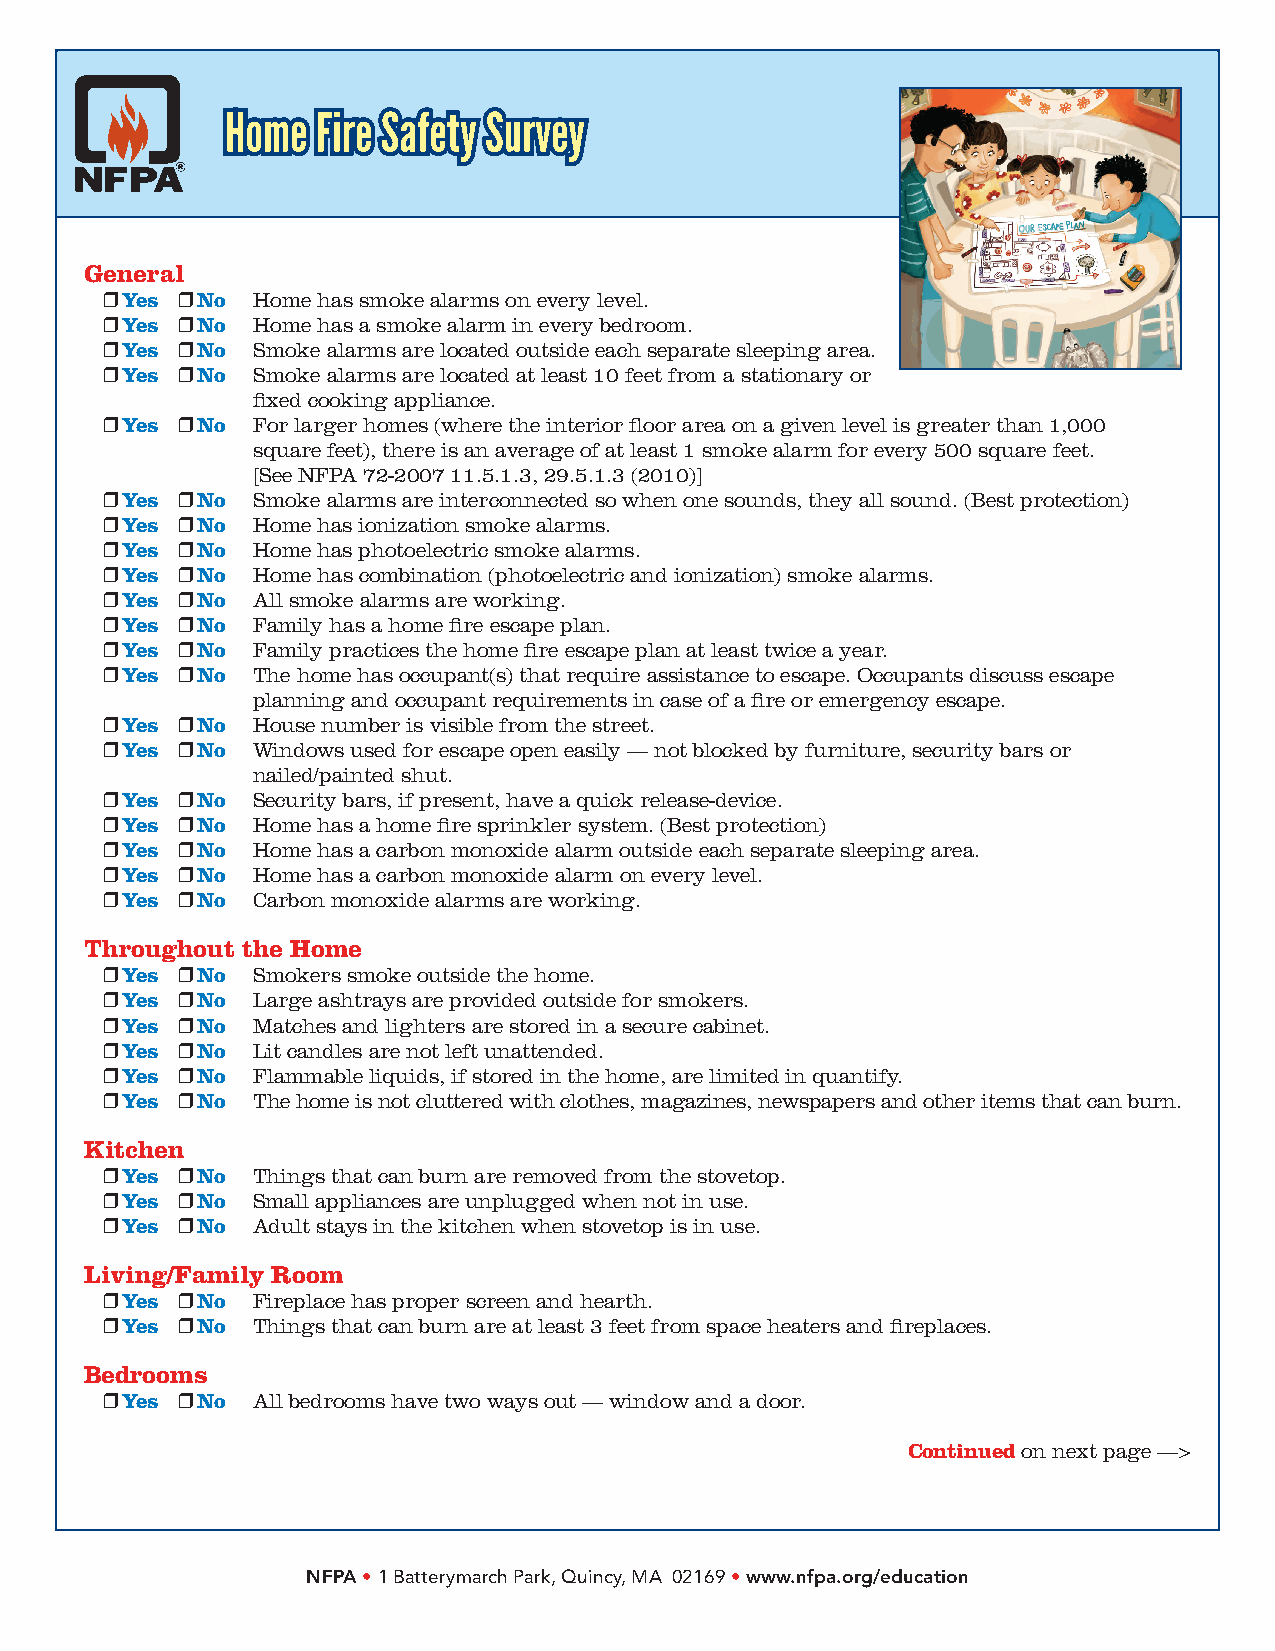
HHoommee FFiirree SSaaffeettyy SSuurrvveeyy
 General
 r Yes r No Home has smoke alarms on every level.
 r Yes r No Home has a smoke alarm in every bedroom.
 r Yes r No Smoke alarms are located outside each separate sleeping area.
 r Yes r No Smoke alarms are located at least 10 feet from a stationary or
 fixed cooking appliance.
 r Yes r No For larger homes (where the interior floor area on a given level is greater than 1,000
 square feet), there is an average of at least 1 smoke alarm for every 500 square feet.
 [See NFPA 72-2007 11.5.1.3, 29.5.1.3 (2010)]
 r Yes r No Smoke alarms are interconnected so when one sounds, they all sound. (Best protection)
 r Yes r No Home has ionization smoke alarms.
 r Yes r No Home has photoelectric smoke alarms.
 r Yes r No Home has combination (photoelectric and ionization) smoke alarms.
 r Yes r No All smoke alarms are working.
 r Yes r No Family has a home fire escape plan.
 r Yes r No Family practices the home fire escape plan at least twice a year.
 r Yes r No The home has occupant(s) that require assistance to escape. Occupants discuss escape
 planning and occupant requirements in case of a fire or emergency escape.
 r Yes r No House number is visible from the street.
 r Yes r No Windows used for escape open easily — not blocked by furniture, security bars or
 nailed/painted shut.
 r Yes r No Security bars, if present, have a quick release-device.
 r Yes r No Home has a home fire sprinkler system. (Best protection)
 r Yes r No Home has a carbon monoxide alarm outside each separate sleeping area.
 r Yes r No Home has a carbon monoxide alarm on every level.
 r Yes r No Carbon monoxide alarms are working.
 Throughout the Home
 r Yes r No Smokers smoke outside the home.
 r Yes r No Large ashtrays are provided outside for smokers.
 r Yes r No Matches and lighters are stored in a secure cabinet.
 r Yes r No Lit candles are not left unattended.
 r Yes r No Flammable liquids, if stored in the home, are limited in quantify.
 r Yes r No The home is not cluttered with clothes, magazines, newspapers and other items that can burn.
 Kitchen
 r Yes r No Things that can burn are removed from the stovetop.
 r Yes r No Small appliances are unplugged when not in use.
 r Yes r No Adult stays in the kitchen when stovetop is in use.
 Living/Family Room
 r Yes r No Fireplace has proper screen and hearth.
 r Yes r No Things that can burn are at least 3 feet from space heaters and fireplaces.
 Bedrooms
 r Yes r No All bedrooms have two ways out — window and a door.
 Continued on next page —>
 NFPA • 1 Batterymarch Park, Quincy, MA 02169 • www.nfpa.org/education